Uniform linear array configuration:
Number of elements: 8
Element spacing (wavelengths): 0.5
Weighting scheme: kaiser
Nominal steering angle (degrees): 60
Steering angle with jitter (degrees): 60.653
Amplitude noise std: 0.05
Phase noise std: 0.05

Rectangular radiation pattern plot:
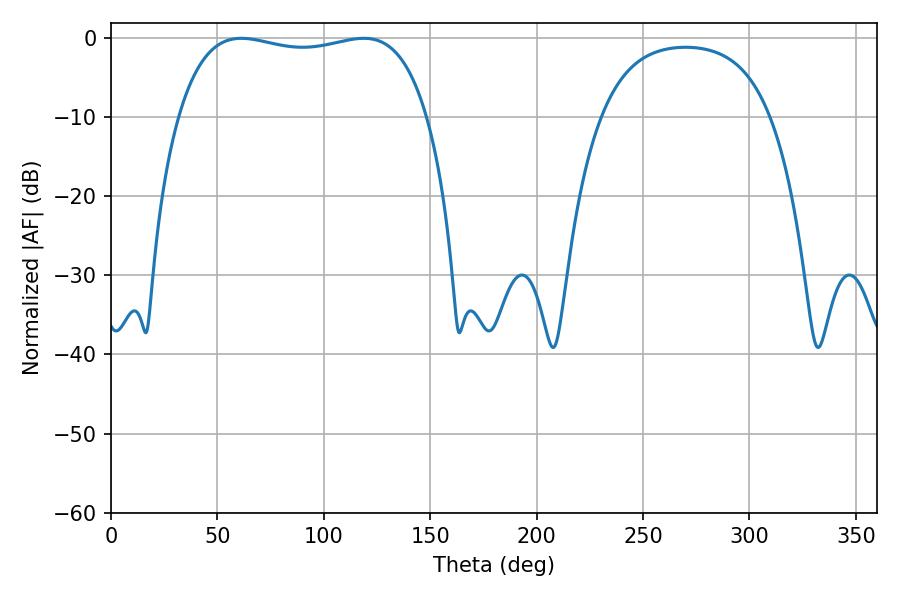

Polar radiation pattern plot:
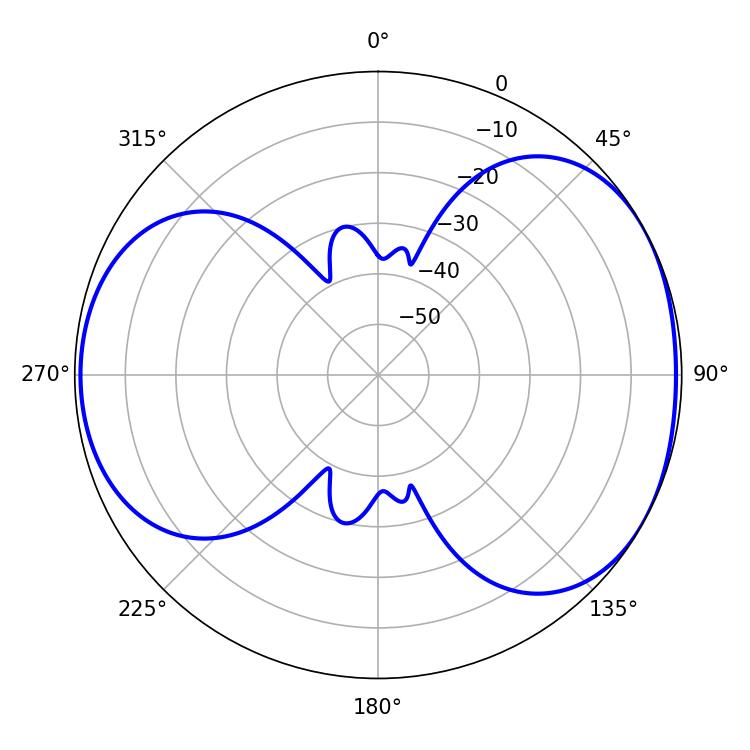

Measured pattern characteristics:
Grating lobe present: FALSE
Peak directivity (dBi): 4.868
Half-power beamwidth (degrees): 94.68
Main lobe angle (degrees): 61.2